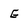
Character: E